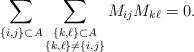
LaTeX: \begin{align*}\sum_{\{i,j\}\subset A}\sum_{\substack{\{k,\ell\}\subset A\\ \{k,\ell\}\neq \{i,j\}}} M_{ij}M_{k\ell}=0.\end{align*}